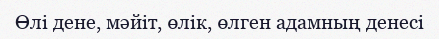
Өлі дене, мәйіт, өлік, өлген адамның денесі